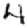
Digit: 4